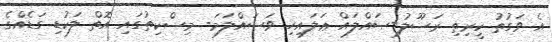
އެ ވަގުތު ކީރިތި ރަސޫލު-ޞައްލައް ޢަލައިހި ވަސައްލަމަ- މިސްކިތުގައި އޮތް ލަކުޑި ގަޑެއްގެ